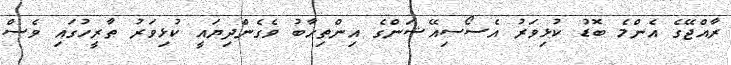
ރާއްޖޭގެ އެންމެ ބޮޑު ކުޅިވަރު އެސޯސިއޭޝަންގެ އިންތިހާބު ވެގެންދިޔައީ ކުޅިވަރު ތާރީހުގައި ވެސް